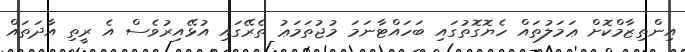
އިންތިޒާމްކޮށް ޢަމަލުތައް ހެޔޮގޮތުގައި ބަހައްޓާނަމަ މުޖުތަމަޢު ތެރޭގައި އުޅޭއިރުވެސް އެ ރީތި އާދަތައް